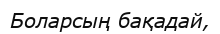
Боларсың бақадай,